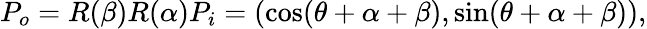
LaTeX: P_{o}=R(\beta)R(\alpha)P_{i}=(\cos(\theta+\alpha+\beta),\sin(\theta+\alpha+\beta)),